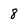
Character: 8